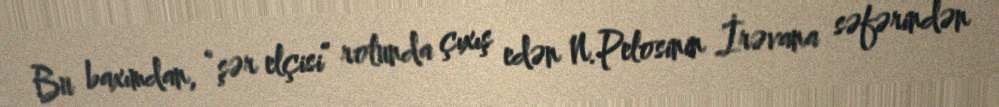
Bu baxımdan, “şər elçisi” rolunda çıxış edən N.Pelosinin İrəvana səfərindən